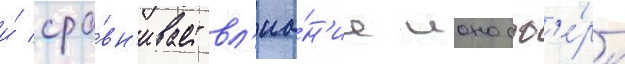
и́ сра́вн'ивает вл'иа́н'ие ионосф'е́ры